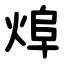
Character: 㷆